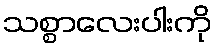
သစ္စာလေးပါးကို